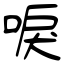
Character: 唳